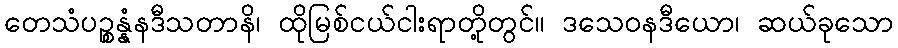
တေသံပဉ္စန္နံနဒီသတာနိ၊ ထိုမြစ်ငယ်ငါးရာတို့တွင်။ ဒသေဝနဒီယော၊ ဆယ်ခုသော